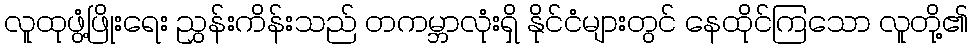
လူထုဖွံ့ဖြိုးရေး ညွှန်းကိန်းသည် တကမ္ဘာလုံးရှိ နိုင်ငံများတွင် နေထိုင်ကြသော လူတို့၏